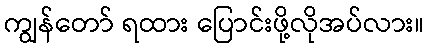
ကျွန်တော် ရထား ပြောင်းဖို့လိုအပ်လား။